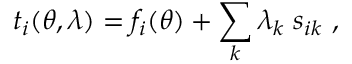
t _ { i } ( \theta , \lambda ) = f _ { i } ( \theta ) + \sum _ { k } \lambda _ { k } \; s _ { i k } \ ,